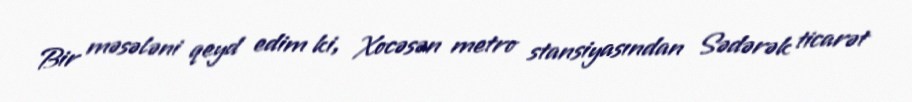
Bir məsələni qeyd edim ki, Xocəsən metro stansiyasından Sədərək ticarət